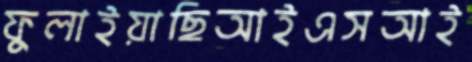
ফুলাইয়াছিআইএসআই